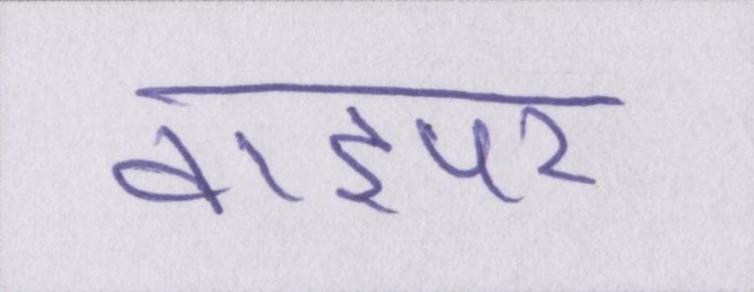
वाइपर